Report on sanitation, dispensaries, and jails in Rajputana for 1920, and on vaccination for the year 1920-1921 - 1920-1921
Year: 1920
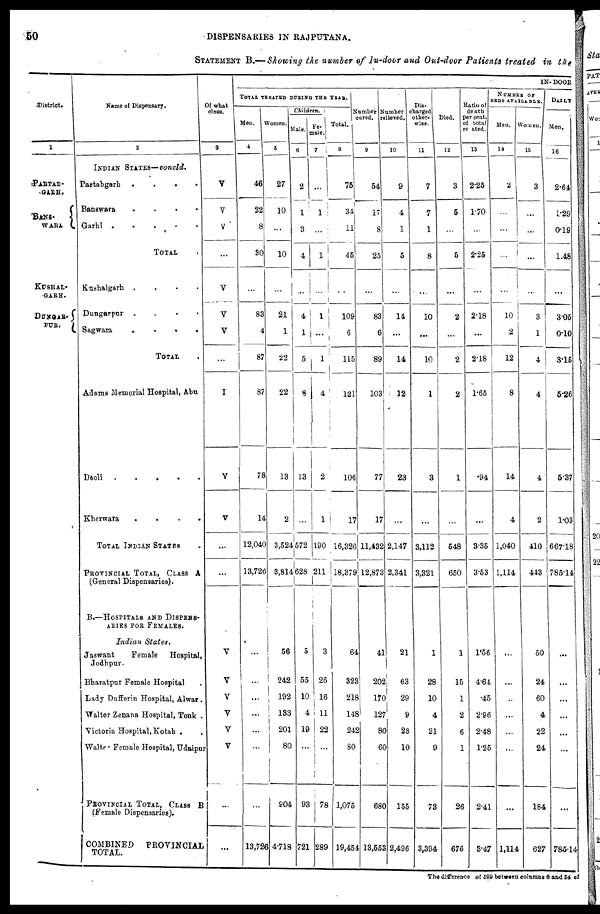
50
DISPENSARIES IN RAJPUTANA.
STATEMENT B.— Showing the number of In-door and Out-door Patients treated in the
District.
1
PARTAB¬
GARH.
BANS¬
WAKA
KUSHAL¬
GARH.
DUNGAR¬
PUR
Name of Dispensary.
2
INDIAN STATES— concld.
Partahgarh
.
.
.
.
.
Banswara
.
.
.
.
.
Garhi . . . . .
TOTAL .
Kushalgarh . . . .
Dungarpur . . . .
Sagwara
.
.
.
.
TOTAL .
Adams Memorial Hospital, Abu
Deoli
Kherwara
.
.
.
.
TOTAL INDIAN STATES
PROVINCIAL TOTAL, CLASS A
(General Dispensaries).
B.—HOSPITALS AND DISPENS¬
ARIES FOR FEMALES.
Indian States.
Jaswant
Female
Hospital,
Jodhpur.
Bharatpur Female Hospital .
Lady Dufferin Hospital, Alwar.
Walter Zenana Hospital, Tonk .
Victoria Hospital, Kotah. .
Walter Female Hospital, Udaipur
PROVINCIAL TOTAL, CLASS B
(female Dispensaries).
COMBINED
PROVINCIAL
TOTAL.
Of what
class.
3
V
V
V
...
V
V
V
...
I
V
V
...
...
V
V
V
V
V
V
V
...
IN-DOOR
TOTAL TREATED DURING THE YEAR.
Men.
4
46
22
8
30
...
83
4
87
87
78
14
12,040
13,726
...
...
...
...
...
...
...
13,726
Women.
5
27
10
...
10
...
21
1
22
22
13
2
3,524
3,814
56
242
192
133
201
80
904
4.718
Children.
Male
6
2
1
3
4
...
4
1
5
8
13
...
572
628
5
55
10
4
19
...
93
721
Fe-
male
7
...
1
...
1
...
1
...
1
4
2
1
190
211
3
26
16
11
22
...
78
289
Total.
8
75
34
11
45
...
109
6
115
121
106
17
16,326
18,379
64
323
218
148
242
80
1,075
19,454
Number
cured.
9
54
17
8
25
...
83
6
89
103
77
17
11,432
12,873
41
202
170
127
80
60
680
13,553
Number
relieved
10
9
4
1
5
...
14
...
14
12
23
...
2,147
2,341
21
63
29
9
23
10
155
2,496
Dis-
charged
other-
wise.
11
7
7
1
8
...
10
...
10
1
3
...
3,112
3,321
1
28
10
4
21
9
73
3,394
Died.
12
3
5
...
5
...
2
...
2
2
1
...
648
650
1
15
1
2
6
1
26
676
Ratio of
death
per cent.
of total
related.
13
2.25
1.70
...
2.25
...
2.18
...
2.18
1.65
.94
...
3.35
3.53
1.56
4.61
.45
2.96
2.48
1.25
2.41
3.47
NUMBER OF
BEDS AVAILABLE
Men.
14
2
...
...
...
...
10
2
12
8
14
4
1,040
1,114
...
...
...
...
...
...
...
1,114
Women
15
3
...
...
...
...
3
1
4
4
4
2
410
443
50
24
60
4
22
24
184
627
DAILY
Men.
16
2.64
1.29
0.19
1.48
...
3.05
0.10
3.15
5.26
5.37
1.03
667.18
785.14
...
...
...
...
...
...
...
785.14
The difference of 599 between columns 8 and 54 of